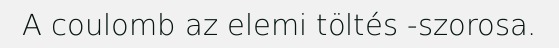
A coulomb az elemi töltés -szorosa.